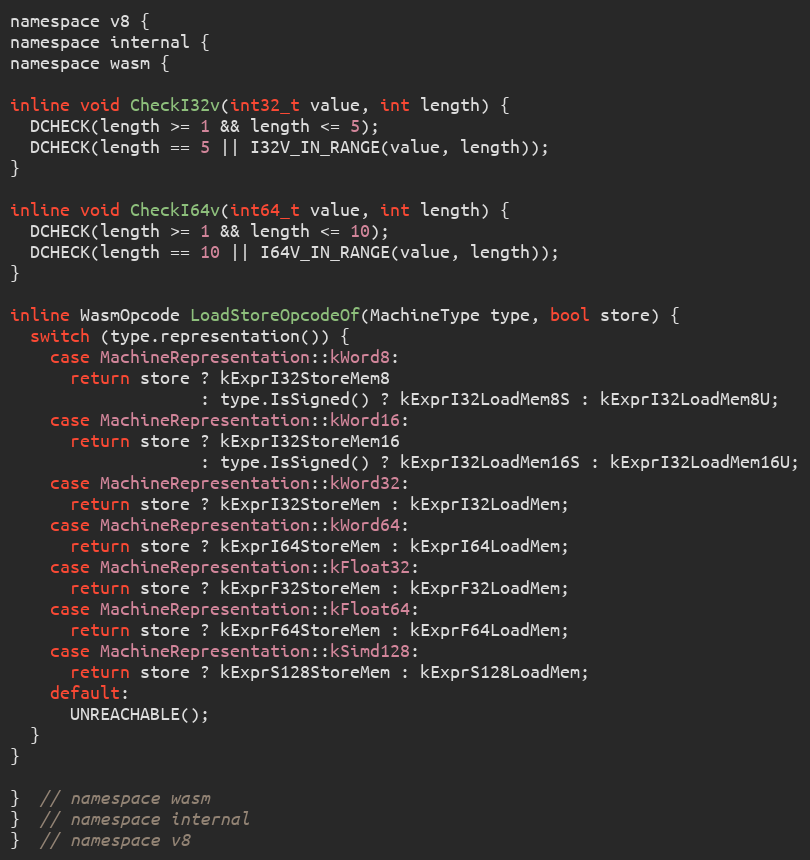
Language: C
namespace v8 {
namespace internal {
namespace wasm {

inline void CheckI32v(int32_t value, int length) {
  DCHECK(length >= 1 && length <= 5);
  DCHECK(length == 5 || I32V_IN_RANGE(value, length));
}

inline void CheckI64v(int64_t value, int length) {
  DCHECK(length >= 1 && length <= 10);
  DCHECK(length == 10 || I64V_IN_RANGE(value, length));
}

inline WasmOpcode LoadStoreOpcodeOf(MachineType type, bool store) {
  switch (type.representation()) {
    case MachineRepresentation::kWord8:
      return store ? kExprI32StoreMem8
                   : type.IsSigned() ? kExprI32LoadMem8S : kExprI32LoadMem8U;
    case MachineRepresentation::kWord16:
      return store ? kExprI32StoreMem16
                   : type.IsSigned() ? kExprI32LoadMem16S : kExprI32LoadMem16U;
    case MachineRepresentation::kWord32:
      return store ? kExprI32StoreMem : kExprI32LoadMem;
    case MachineRepresentation::kWord64:
      return store ? kExprI64StoreMem : kExprI64LoadMem;
    case MachineRepresentation::kFloat32:
      return store ? kExprF32StoreMem : kExprF32LoadMem;
    case MachineRepresentation::kFloat64:
      return store ? kExprF64StoreMem : kExprF64LoadMem;
    case MachineRepresentation::kSimd128:
      return store ? kExprS128StoreMem : kExprS128LoadMem;
    default:
      UNREACHABLE();
  }
}

}  // namespace wasm
}  // namespace internal
}  // namespace v8